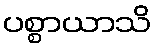
ပစ္စာယာသိ